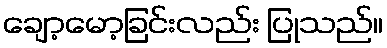
ချော့မော့ခြင်းလည်း ပြုသည်။